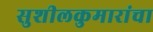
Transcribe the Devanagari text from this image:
सुशीलकुमारांचा